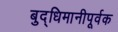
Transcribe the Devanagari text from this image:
बुद्धिमानीपूर्वक